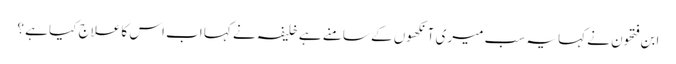
ابن فتحون نے کہا یہ سب میری آنکھوں کے سامنے ہے خلیفہ نے کہا اب اس کا علاج کیا ہے ؟